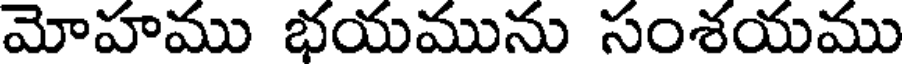
మోహము భయమును సంశయము